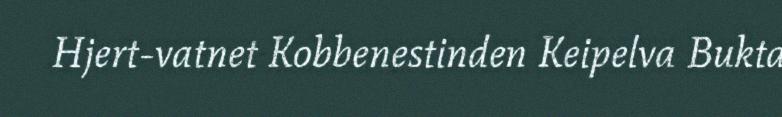
Hjert-vatnet Kobbenestinden Keipelva Bukta